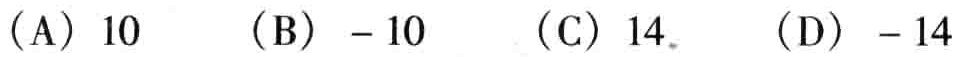
(A) \(10\)  (B) \(-10\)  (C) \(14\)  (D) \(-14\)